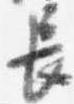
長